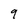
Character: 9